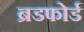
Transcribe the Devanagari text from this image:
ब्रडफोर्ड